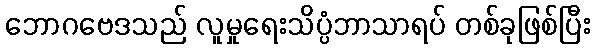
ဘောဂဗေဒသည် လူမှုရေးသိပ္ပံဘာသာရပ် တစ်ခုဖြစ်ပြီး